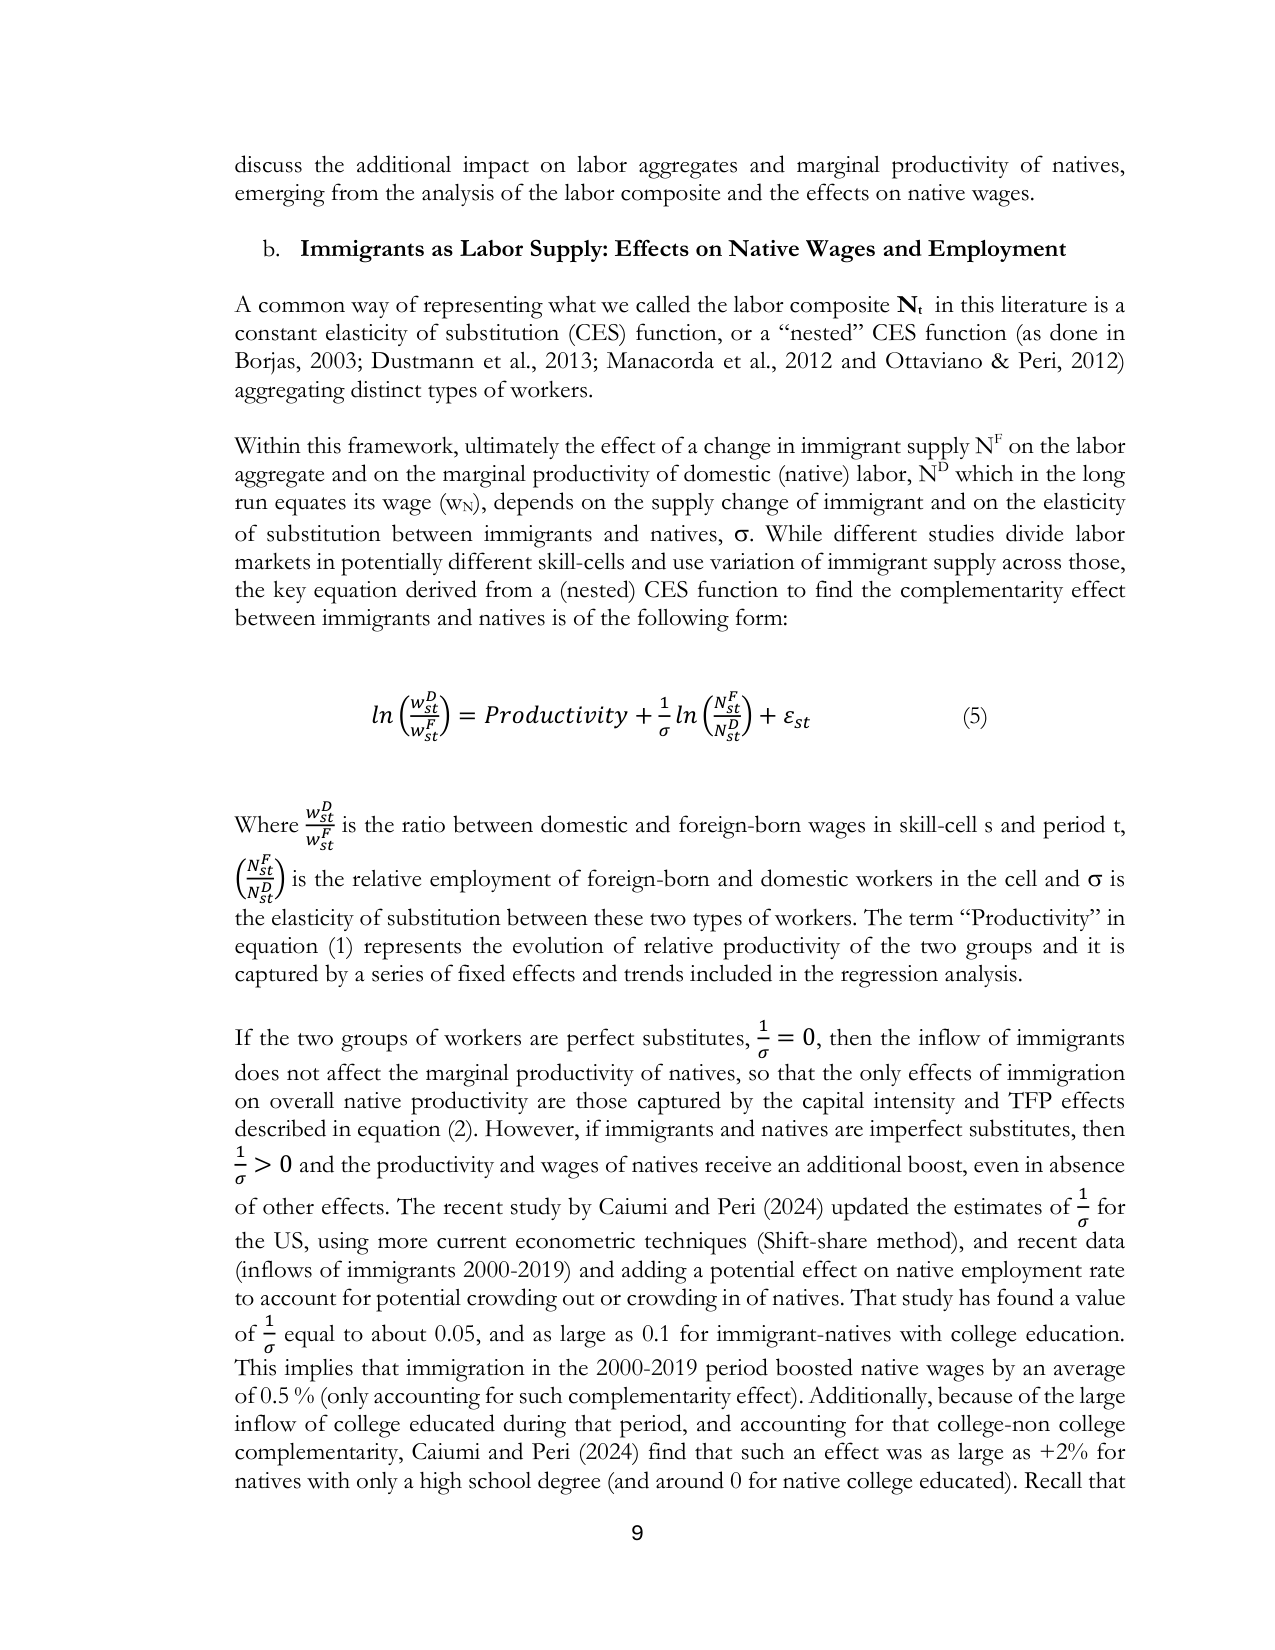
discuss the additional impact on labor aggregates and marginal productivity of natives, emerging from the analysis of the labor composite and the effects on native wages.

b. Immigrants as Labor Supply: Effects on Native Wages and Employment

A common way of representing what we called the labor composite Nt in this literature is a constant elasticity of substitution (CES) function, or a “nested” CES function (as done in Borjas, 2003; Dustmann et al., 2013; Manacorda et al., 2012 and Ottaviano & Peri, 2012) aggregating distinct types of workers.

Within this framework, ultimately the effect of a change in immigrant supply N^F on the labor aggregate and on the marginal productivity of domestic (native) labor, N^D which in the long run equates its wage (wN), depends on the supply change of immigrant and on the elasticity of substitution between immigrants and natives, σ. While different studies divide labor markets in potentially different skill-cells and use variation of immigrant supply across those, the key equation derived from a (nested) CES function to find the complementarity effect between immigrants and natives is of the following form:

ln(w_st^D / w_st^F) = Productivity + (1/σ) ln(N_st^F / N_st^D) + ε_st  (5)

Where w_st^D / w_st^F is the ratio between domestic and foreign-born wages in skill-cell s and period t, (N_st^F / N_st^D) is the relative employment of foreign-born and domestic workers in the cell and σ is the elasticity of substitution between these two types of workers. The term “Productivity” in equation (1) represents the evolution of relative productivity of the two groups and it is captured by a series of fixed effects and trends included in the regression analysis.

If the two groups of workers are perfect substitutes, 1/σ = 0, then the inflow of immigrants does not affect the marginal productivity of natives, so that the only effects of immigration on overall native productivity are those captured by the capital intensity and TFP effects described in equation (2). However, if immigrants and natives are imperfect substitutes, then 1/σ > 0 and the productivity and wages of natives receive an additional boost, even in absence of other effects. The recent study by Caiumi and Peri (2024) updated the estimates of 1/σ for the US, using more current econometric techniques (Shift-share method), and recent data (inflows of immigrants 2000-2019) and adding a potential effect on native employment rate to account for potential crowding out or crowding in of natives. That study has found a value of 1/σ equal to about 0.05, and as large as 0.1 for immigrant-natives with college education. This implies that immigration in the 2000-2019 period boosted native wages by an average of 0.5 % (only accounting for such complementarity effect). Additionally, because of the large inflow of college educated during that period, and accounting for that college-non college complementarity, Caiumi and Peri (2024) find that such an effect was as large as +2% for natives with only a high school degree (and around 0 for native college educated). Recall that

9